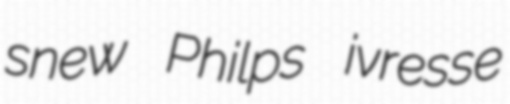
snew Philps ivresse